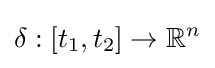
\delta :[t_{1},t_{2}]\to \mathbb {R} ^{n}